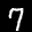
Label: 7